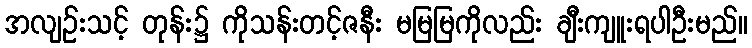
အလျဉ်းသင့် တုန်း၌ ကိုသန်းတင့်ဇနီး မမြမြကိုလည်း ချီးကျူးရပါဦးမည်။